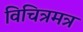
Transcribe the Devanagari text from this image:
विचित्रमत्र